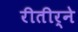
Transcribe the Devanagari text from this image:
रीतीर्ने